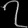
Digit: ၇